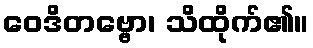
ဝေဒိတဗ္ဗော၊ သိထိုက်၏။